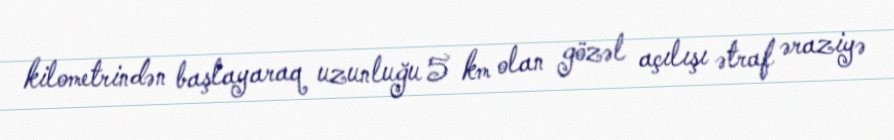
kilometrindən başlayaraq uzunluğu 5 km olan gözəl açılışı ətraf əraziyə